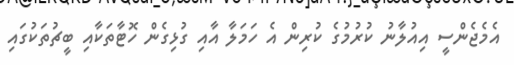
އެމެޖެންސީ އިއުލާނު ކުރުމުގެ ކުރިން އެ ހަމަލާ އާއި ގުޅިގެން ހޮޓާތަކާއި ބީޗުތަކުގައި